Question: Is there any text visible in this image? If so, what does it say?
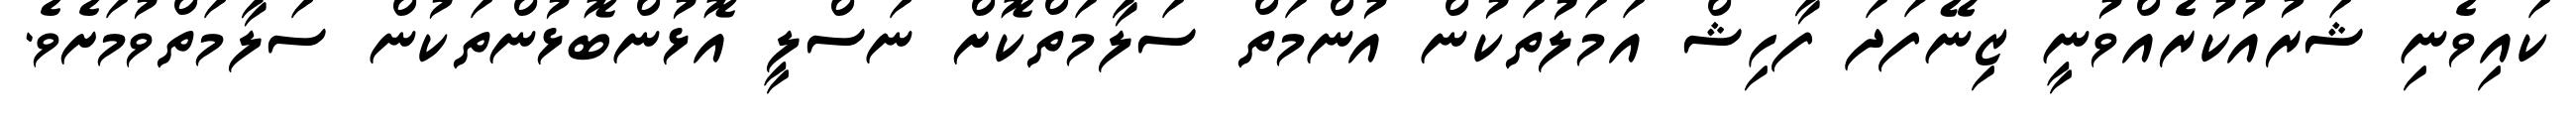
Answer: ކައިވެނި ޝަރުއުކުރެއްވުނީ ޒިނޭފަދަ ފާހިޝް އަމަލުތަކުން އުންމަތް ސަލާމަތްކޮށް ނަސްލީ އޮޅުންބޮޅުންތަކުން ސަލާމަތްވުމަށެވެ.